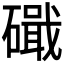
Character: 𥖙